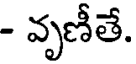
- వృణీతే.